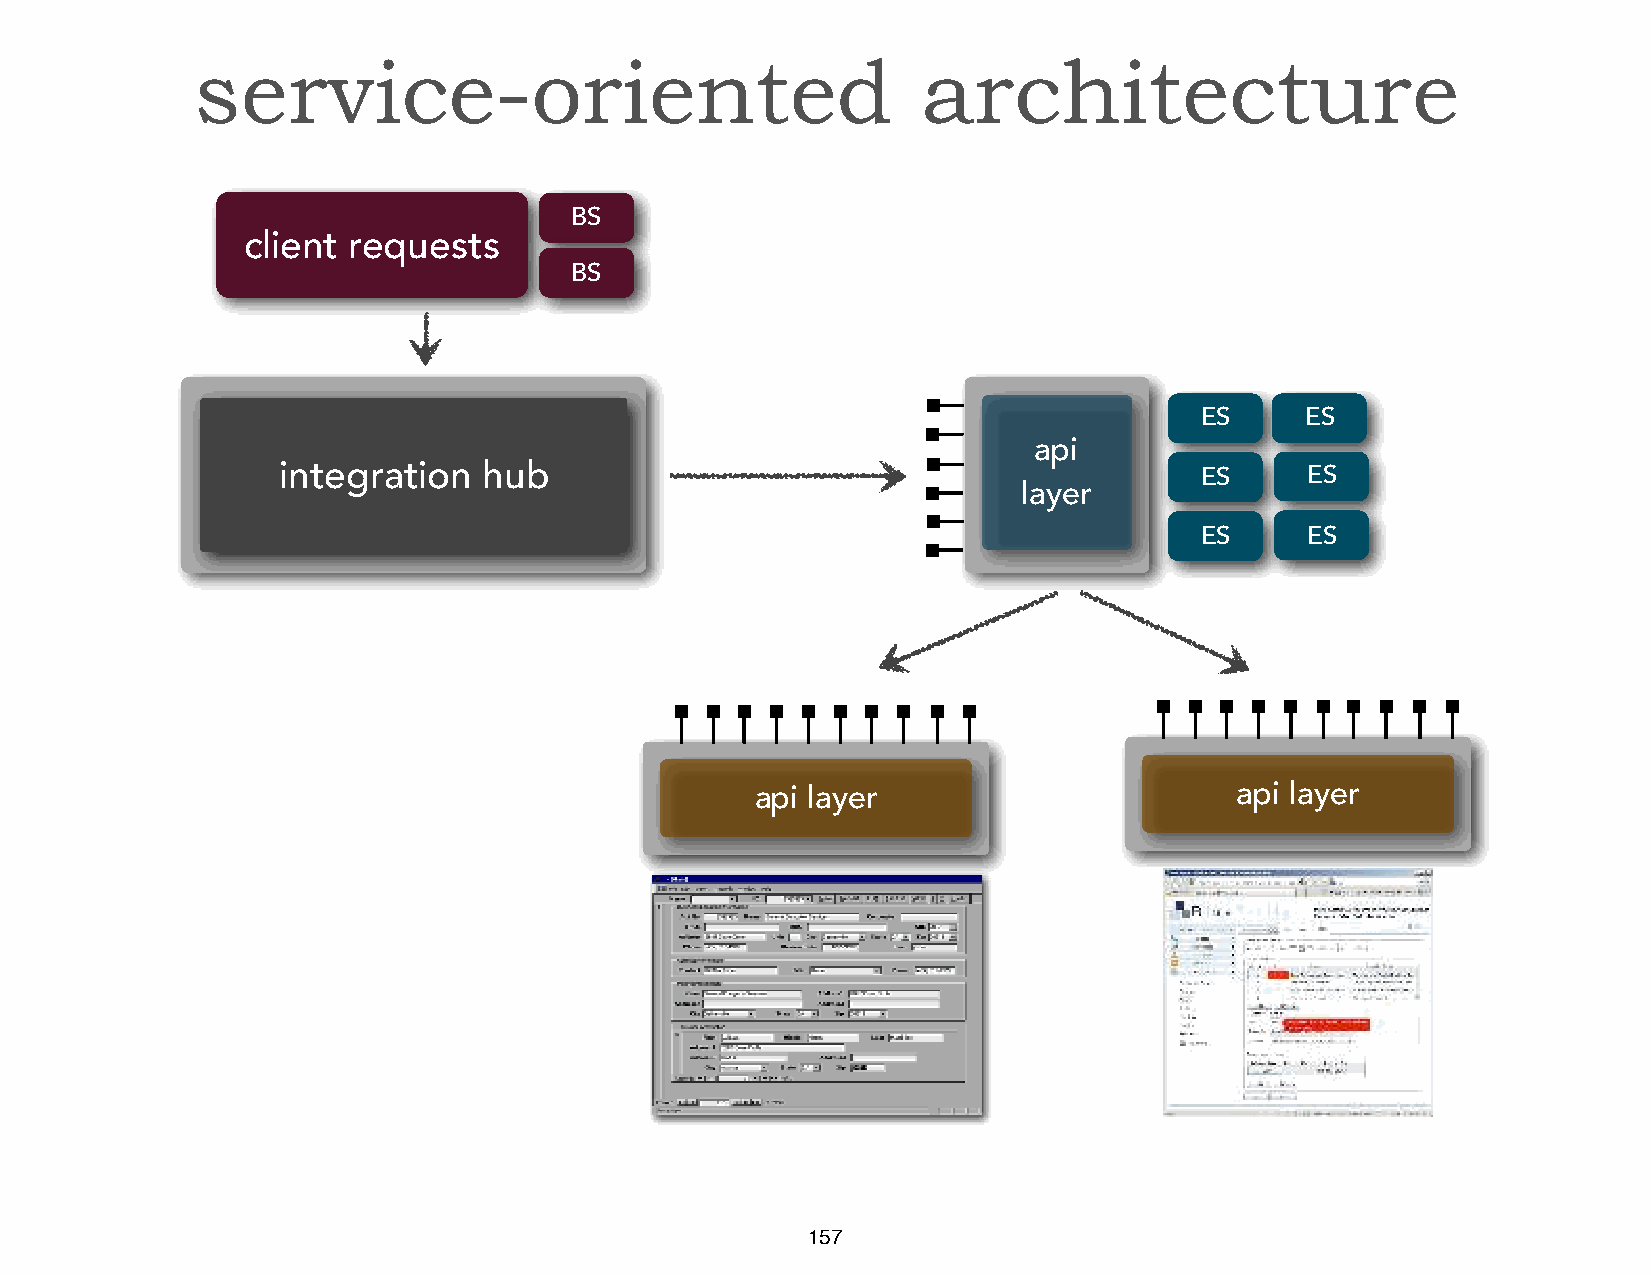
service-oriented                                architecture
 BS
 client requests
 BS
 ES     ES
 api
 integration   hub                                            ES     ES
 layer
 ES     ES
 api layer                       api layer
 157